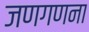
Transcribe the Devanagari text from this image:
जणगणना